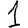
Digit: 1